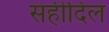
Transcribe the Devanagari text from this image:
सहीदिल